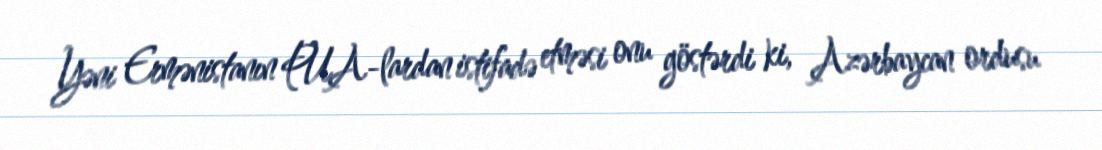
Yəni Ermənistanın PUA-lardan istifadə etməsi onu göstərdi ki, Azərbaycan ordusu